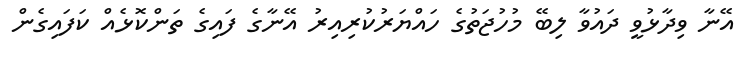
އޭނާ ވިދާޅުވީ ދައުވާ ލިބޭ މުހުޖަތުގެ ހައްޔަރުކުރިއިރު އޭނާގެ ފައިގެ ތަންކޮޅެއް ކަފައިގެން